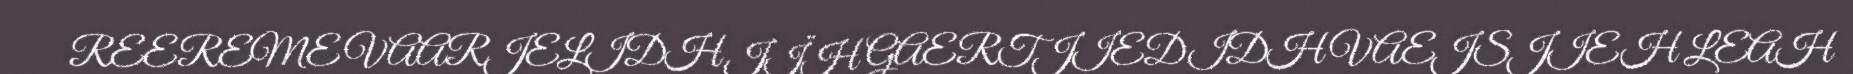
REEREME VAARJELIDH JÏH GAERTJIEDIDH VAEJSJIEH LEAH